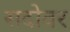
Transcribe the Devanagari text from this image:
सदोवर